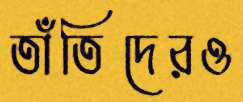
তাঁতিদেরও